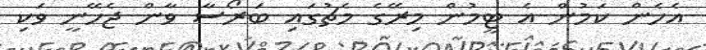
އެހެން ކަމުން އެ ޓީމުން މިރޭގެ މެޗުގައި ބަރޯސާ ވާން ޖެހޭނީ ވަކި